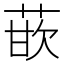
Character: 𰱡